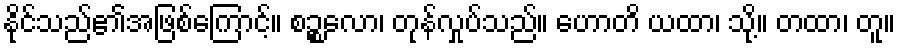
နိုင်သည်၏အဖြစ်ကြောင့်။ စဉ္စလော၊ တုန်လှုပ်သည်။ ဟောတိ ယထာ၊ သို့။ တထာ၊ တူ။